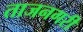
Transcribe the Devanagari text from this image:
ताजनगरी